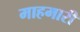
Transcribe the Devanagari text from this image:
माहमारी